Report of the Indian Hemp Drugs Commission, 1894-1895 - Volume VIII
Year: 1894
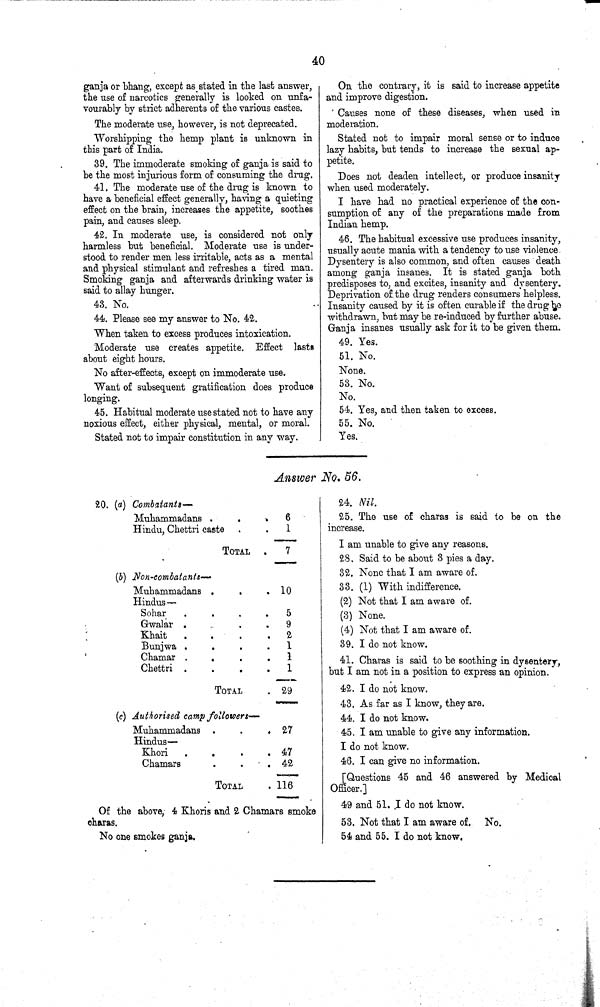
40
ganja or bhang, except as stated in the last answer,
the use of narcotics generally is looked on unfa-
vourably by strict adherents of the various castes.
The moderate use, however, is not deprecated.
Worshipping the hemp plant is unknown in
this part of India.
39. The immoderate smoking of ganja is said to
be the most injurious form of consuming the drug.
41. The moderate use of the drug is known to
have a beneficial effect generally, having a quieting
effect on the brain, increases the appetite, soothes
pain, and causes sleep.
42. In moderate use, is considered not only
harmless but beneficial. Moderate use is under-
stood to render men less irritable, acts as a mental
and physical stimulant and refreshes a tired man.
Smoking ganja and afterwards drinking water is
said to allay hunger.
43. No.
44. Please see my answer to No. 42.
When taken to excess produces intoxication.
Moderate use creates appetite. Effect lasts
about eight hours.
No after-effects, except on immoderate use.
Want of subsequent gratification does produce
longing.
45. Habitual moderate use stated not to have any
noxious effect, either physical, mental, or moral.
Stated not to impair constitution in any way.
On the contrary, it is said to increase appetite
and improve digestion.
Causes none of these diseases, when used in
moderation.
Stated not to impair moral sense or to induce
lazy habits, but tends to increase the sexual ap-
petite.
Does not deaden intellect, or produce insanity
when used moderately.
I have had no practical experience of the con-
sumption of any of the preparations made from
Indian hemp.
46. The habitual excessive use produces insanity,
usually acute mania with a tendency to use violence.
Dysentery is also common, and often causes death
among ganja insanes. It is stated ganja both
predisposes to, and excites, insanity and dysentery.
Deprivation of the drug renders consumers helpless.
Insanity caused by it is often curable if the drug be
withdrawn, but may be re-induced by further abuse.
Ganja insanes usually ask for it to be given them.
49. Yes.
51. No.
None.
53. No.
No.
54. Yes, and then taken to excess.
55. No.
Yes.
Answer No. 56.
20. (a) Combatants—
Muhammadans
6
Hindu, Chettri caste
1
TOTAL
7
(b) Non-combatants—
Muhammadans
10
Hindus—
Sohar
5
Gwalar
9
Khait
2
Bunjwa
1
Chamar
1
Chettri
1
TOTAL
29
(c) Authorised camp followers—
Muhammadans
27
Hindus—
Khori
47
Chamars
42
TOTAL
116
Of the above, 4 Khoris and 2 Chamars smoke
charas.
No one smokes ganja.
24. Nil.
25. The use of charas is said to be on the
increase.
I am unable to give any reasons.
28. Said to be about 3 pies a day.
32. None that I am aware of.
33. (1) With indifference.
(2) Not that I am aware of.
(3) None.
(4) Not that I am aware of.
39. I do not know.
41. Charas is said to be soothing in dysentery,
but I am not in a position to express an opinion.
42. I do not know.
43. As far as I know, they are.
44. I do not know.
45. I am unable to give any information.
I do not know.
46. I can give no information.
[Questions 45 and 46 answered by Medical
Officer.]
49 and 51. I do not know.
53. Not that I am aware of. No.
54 and 55. I do not know.